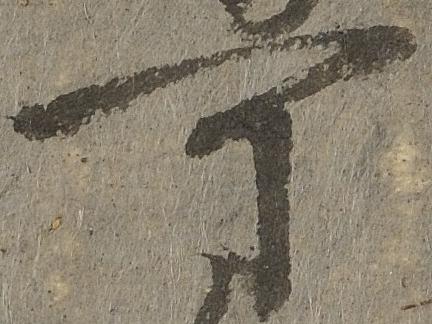
可